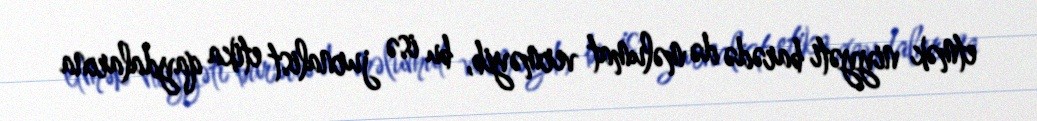
etmək niyyəti barədə də məlumat verməyib, bu isə jurnalist etika qaydalarına